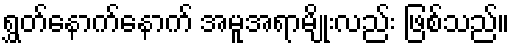
ရွှတ်နောက်နောက် အမူအရာမျိုးလည်း ဖြစ်သည်။